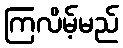
ကြလိမ့်မည်